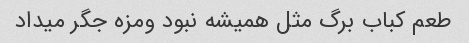
طعم کباب برگ مثل همیشه نبود و‌مزه جگر میداد